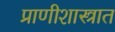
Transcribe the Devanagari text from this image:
प्राणीशास्त्रात